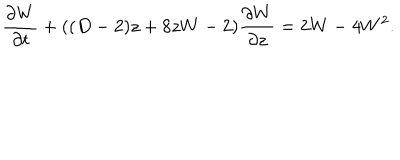
\frac { \partial W } { \partial t } + ( ( D - 2 ) z + 8 z W - 2 ) \frac { \partial W } { \partial z } = 2 W - 4 W ^ { 2 } .